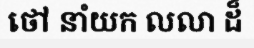
ថៅ នាំយក លលា ដ៏